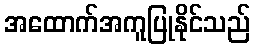
အထောက်အကူပြုနိုင်သည်